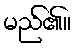
မည်၏။